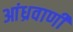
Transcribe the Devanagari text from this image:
आंध्रवाणी